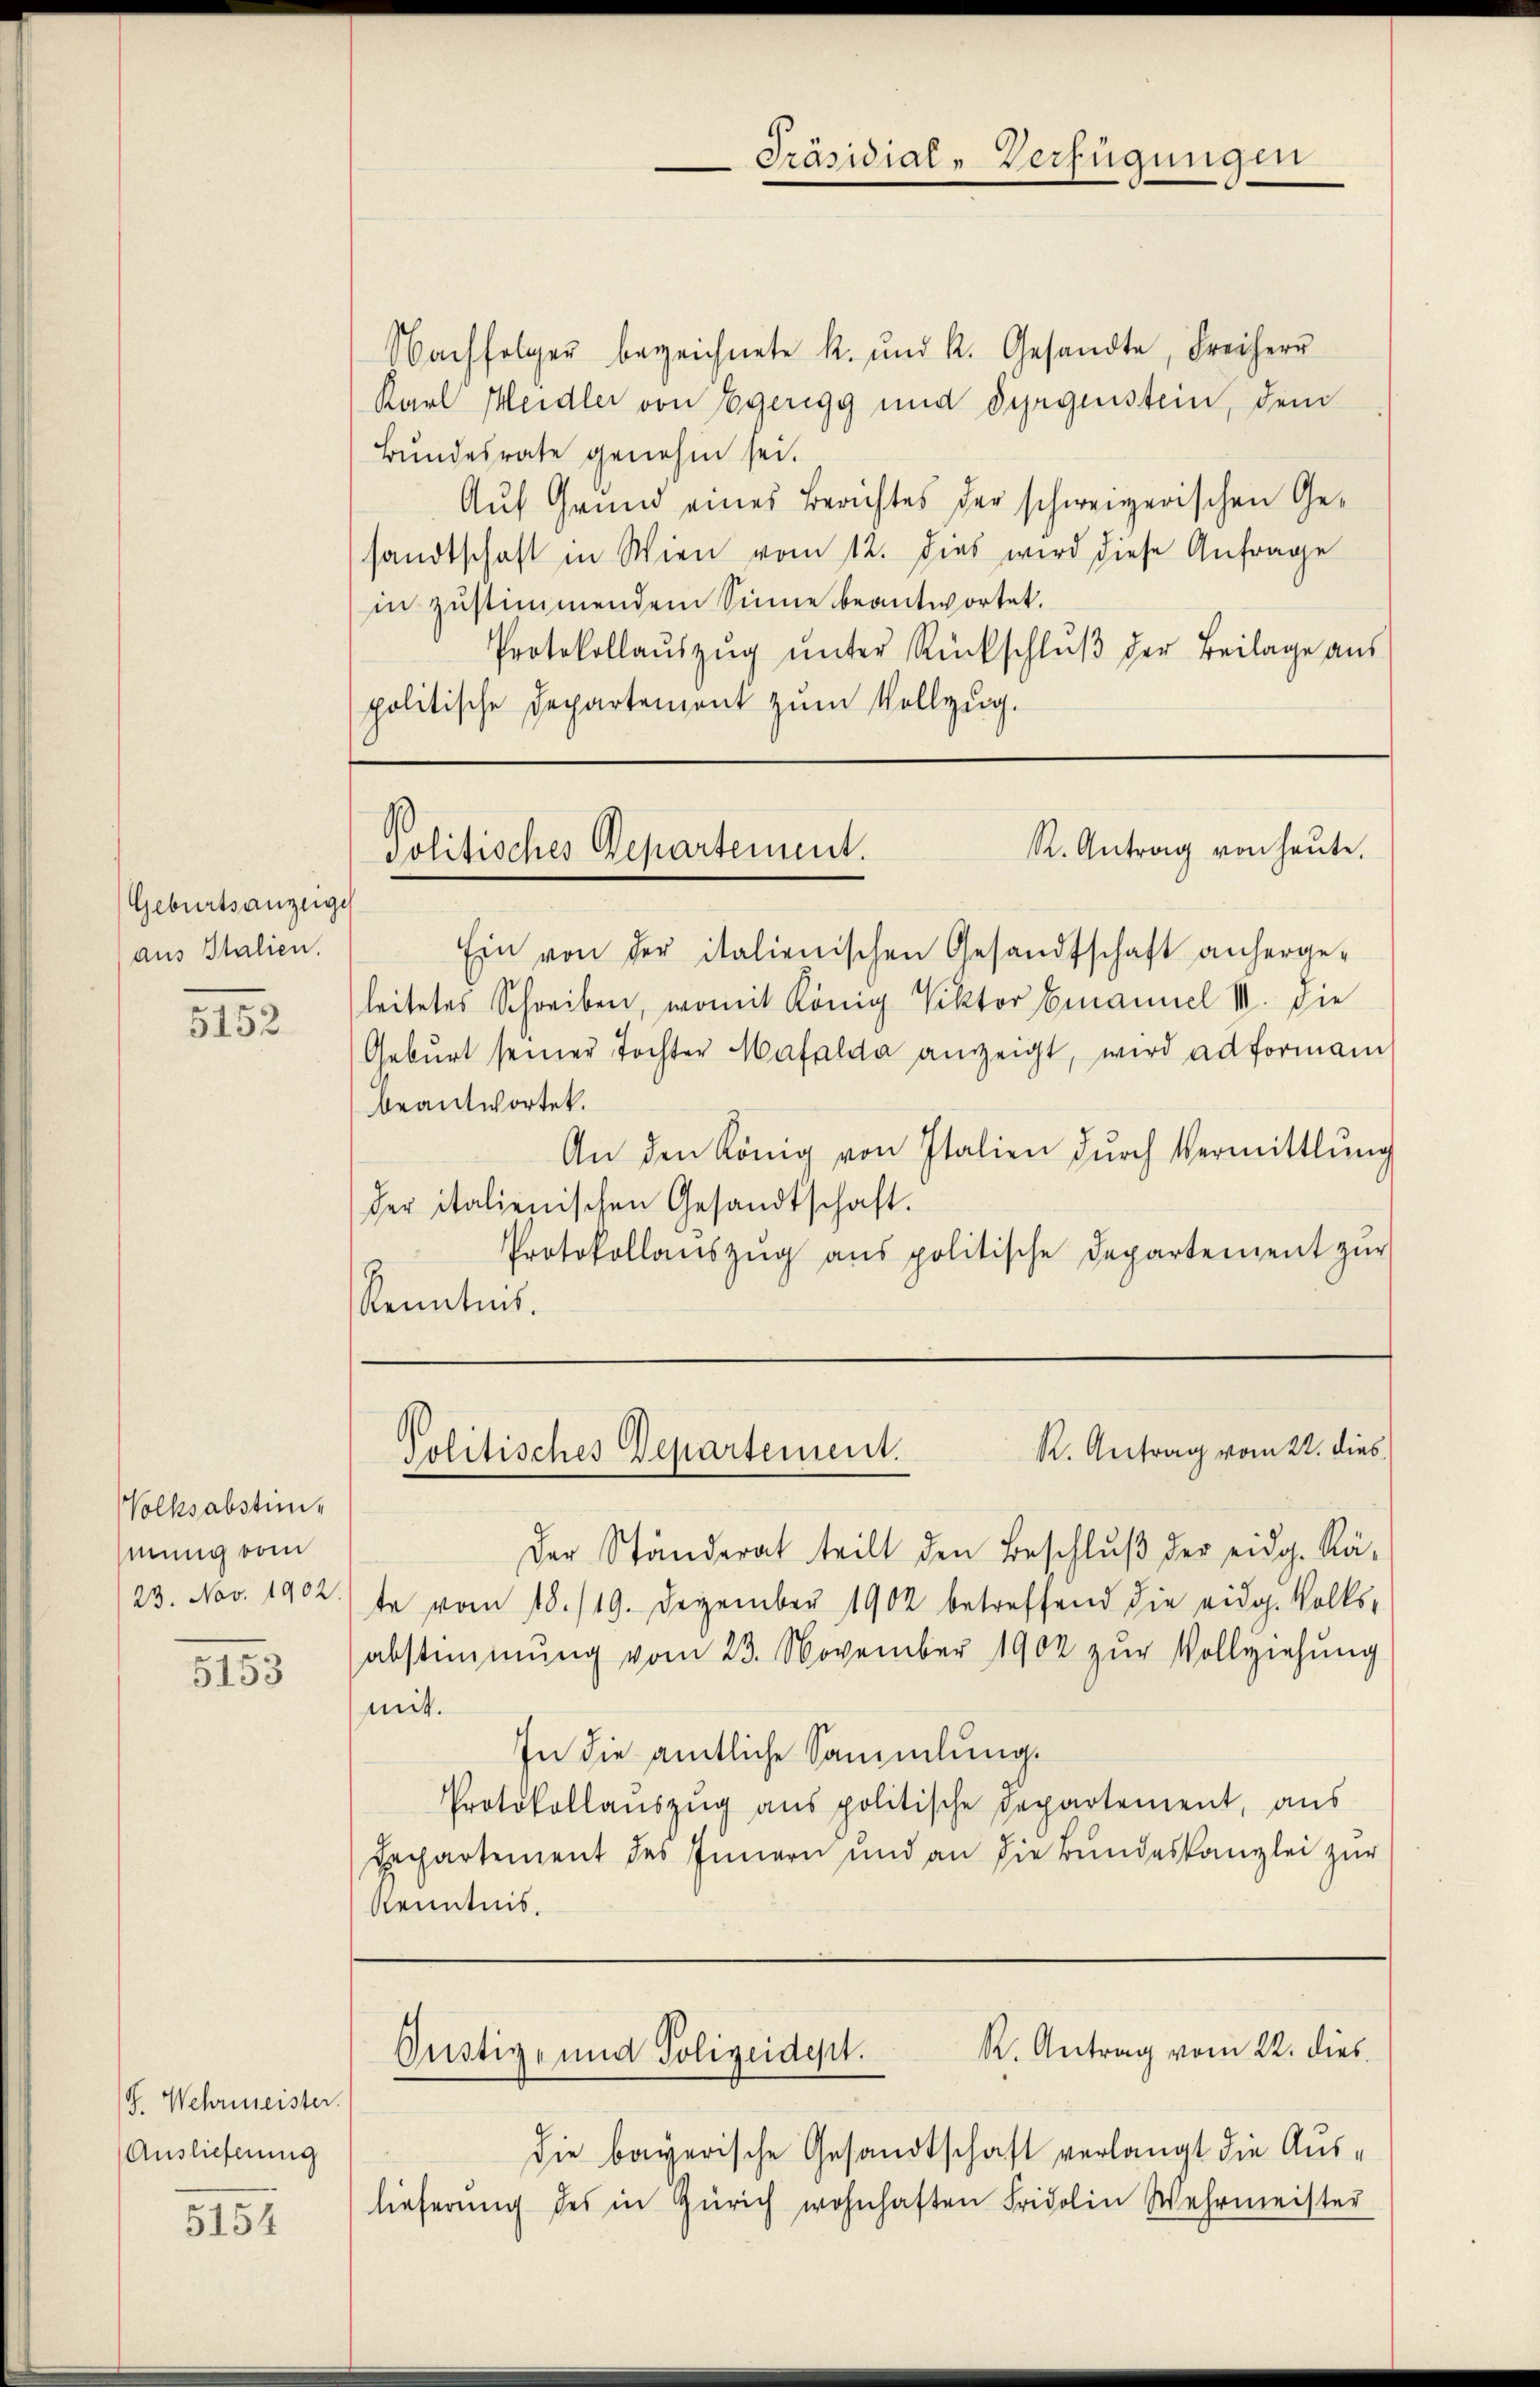
Präsidial-Verfügungen

Nachfolger bezeichnete k. und k. Gesandte, Freiherr
Kaul Meidler von Egeregg und Syrgenstein, dem
Bundesrate genehm sei.
Auf Grund eines Berichtes der schweizerischen Gesandtschaft in Wien vom 12. dies wird diese Anfrage
in zustimmendem Sinne beantwortet.
Protokollaŭszŭg ŭnter Rückschlŭβ der Beilage aus
politische Departement zum Vollzug.

R. Antrag von heute.
Politisches Departement.

Ein von der italienischen Gesandtschaft anherge-
leitetes Schreiben, womit König Viktor Emanuel III. die
Gebŭrt seiner Tochter Mafalda anzeigt, wird ad formani
beantwortet.
An den König von Italien dŭrch Vermittlung
der italienischen Gesandtschaft.
Protokollaŭszŭg ans politische Departement zŭr
Kenntnis.

Geburtsanzeige
aus Italien.

5152

R. Antrag vom 22. dies
Politisches Departement.

Der Ständerat teilt den Beschlŭβ der eidg. Rä-
te vom 18./19. Dezember 1902 betreffend die eidg. Volks-
abstimmung vom 23. November 1902 zŭr Vollziehung
mit.
In die amtliche Sammlung.
Protokollaŭszŭg ans politische Departement, aus
Dechartement des Innern und an die Bundeskanzlei zur
Kenntnis.

Volksabstim-
mung vom
23. Nov. 1902.

5153

R. Antrag vom 22. dies
Justiz- und Polizeidept.
die bayerische Gesandtschaft verlangt die Aus¬

lieferung des in Zürich wohnhaften Fridolin Wehrmeister

J. Wehrmeister.
Auslieferung

5154